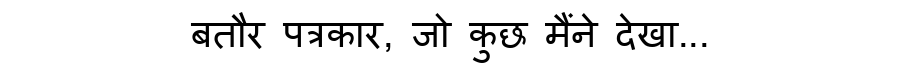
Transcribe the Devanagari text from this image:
बतौर पत्रकार, जो कुछ मैंने देखा...